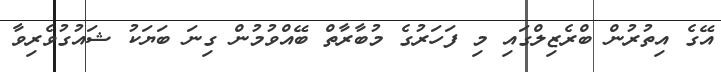
އޭގެ އިތުރުން ބްރެޒިލްގައި މި ފަހަރުގެ މުބާރާތް ބޭއްވުމުން ގިނަ ބަޔަކު ޝައުގުވެރިވާ